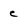
Character: c